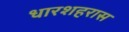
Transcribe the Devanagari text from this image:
धारशहरास